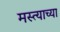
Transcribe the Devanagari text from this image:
मस्त्याच्या